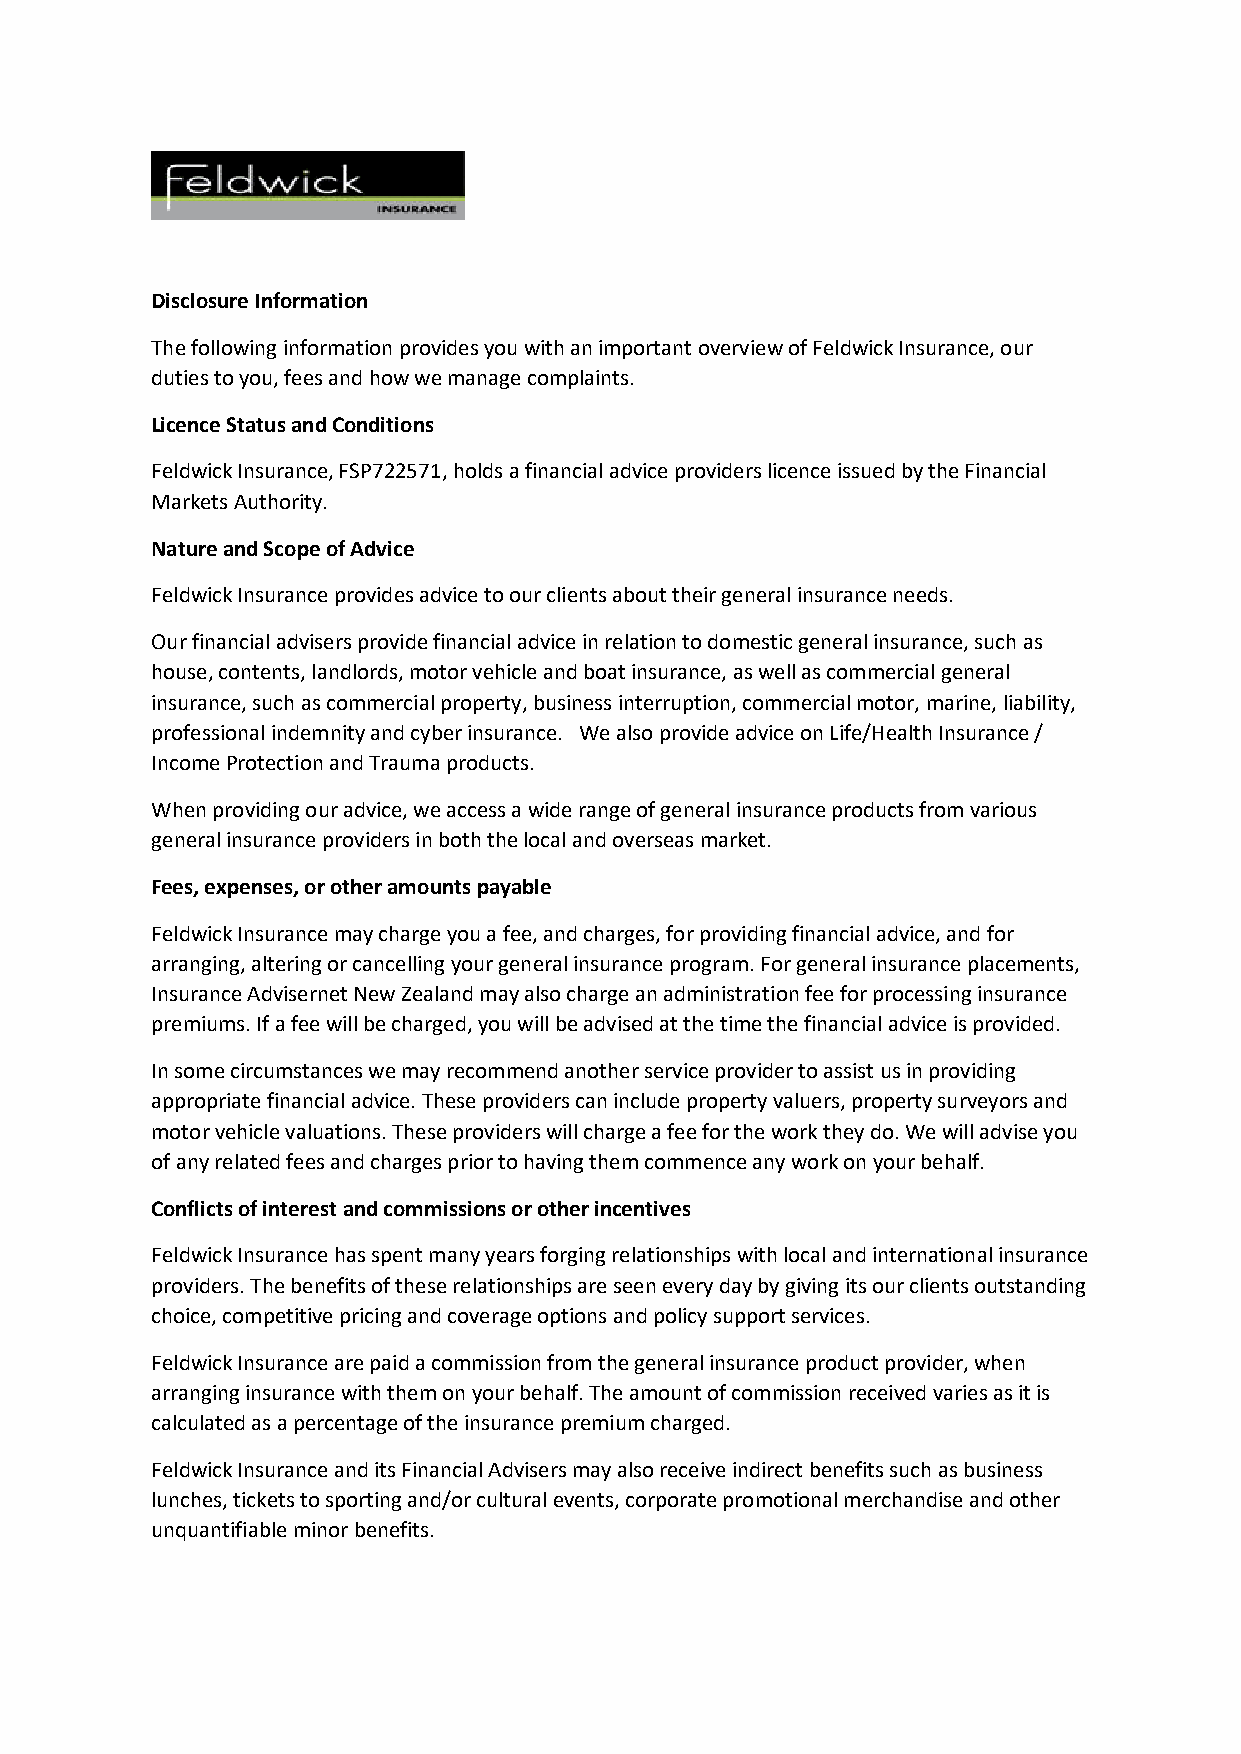
Disclosure Information
 The following information provides you with an important overview of Feldwick Insurance, our
 duties to you, fees and how we manage complaints.
 Licence Status and Conditions
 Feldwick Insurance, FSP722571, holds a financial advice providers licence issued by the Financial
 Markets Authority.
 Nature and Scope of Advice
 Feldwick Insurance provides advice to our clients about their general insurance needs.
 Our financial advisers provide financial advice in relation to domestic general insurance, such as
 house, contents, landlords, motor vehicle and boat insurance, as well as commercial general
 insurance, such as commercial property, business interruption, commercial motor, marine, liability,
 professional indemnity and cyber insurance. We also provide advice on Life/Health Insurance /
 Income Protection and Trauma products.
 When providing our advice, we access a wide range of general insurance products from various
 general insurance providers in both the local and overseas market.
 Fees, expenses, or other amounts payable
 Feldwick Insurance may charge you a fee, and charges, for providing financial advice, and for
 arranging, altering or cancelling your general insurance program. For general insurance placements,
 Insurance Advisernet New Zealand may also charge an administration fee for processing insurance
 premiums. If a fee will be charged, you will be advised at the time the financial advice is provided.
 In some circumstances we may recommend another service provider to assist us in providing
 appropriate financial advice. These providers can include property valuers, property surveyors and
 motor vehicle valuations. These providers will charge a fee for the work they do. We will advise you
 of any related fees and charges prior to having them commence any work on your behalf.
 Conflicts of interest and commissions or other incentives
 Feldwick Insurance has spent many years forging relationships with local and international insurance
 providers. The benefits of these relationships are seen every day by giving its our clients outstanding
 choice, competitive pricing and coverage options and policy support services.
 Feldwick Insurance are paid a commission from the general insurance product provider, when
 arranging insurance with them on your behalf. The amount of commission received varies as it is
 calculated as a percentage of the insurance premium charged.
 Feldwick Insurance and its Financial Advisers may also receive indirect benefits such as business
 lunches, tickets to sporting and/or cultural events, corporate promotional merchandise and other
 unquantifiable minor benefits.